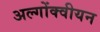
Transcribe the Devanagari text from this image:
अल्गोंक्वीयन